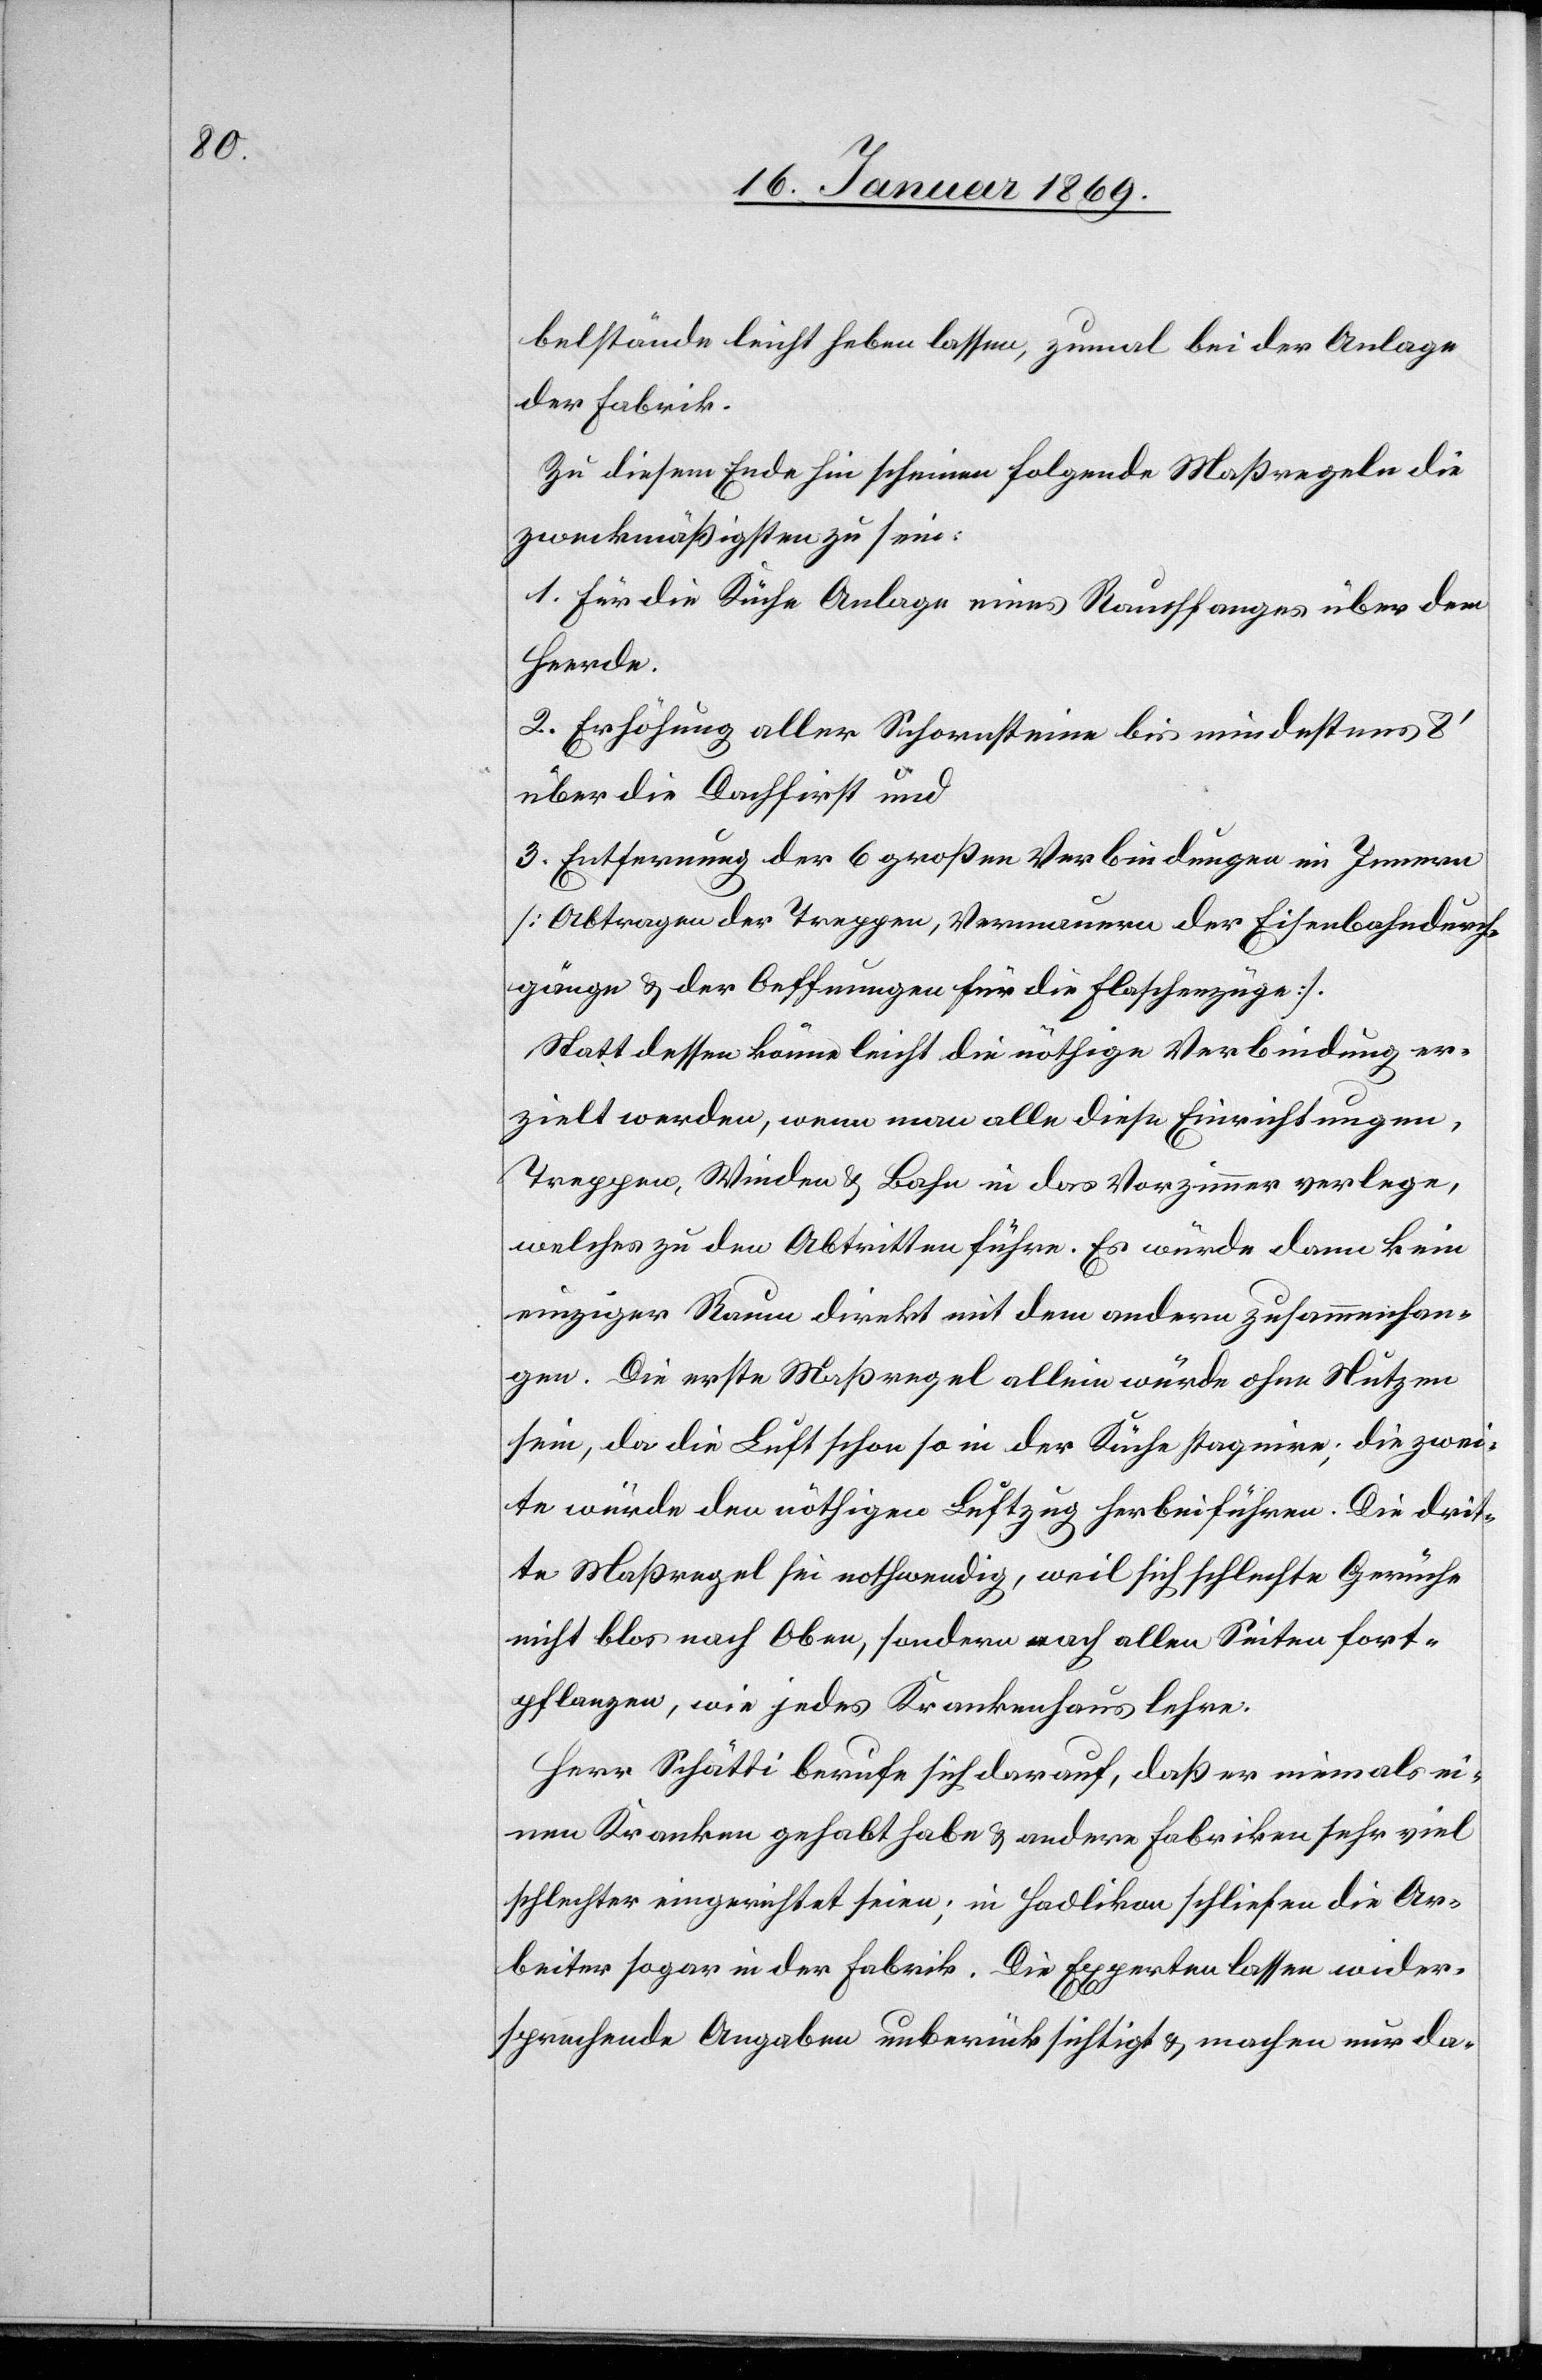
belstände leicht heben lassen, zumal bei der Anlage
der Fabrik.
Zu diesem Ende hin scheinen folgende Maßregeln die
zweckmäßigsten zu sein:
1. Für die Küche Anlage eines Rauchfanges über dem
Herde.
2. Erhöhung aller Schornsteine bis mindestens 8’
über die Dachfirst und
3. Entfernung der 6 großen Verbindungen im Innern
[Abtragen der Treppen, Vermauern der Eisenbahndurch¬
gänge u. der Oeffnungen für die Flaschenzüge]
Statt dessen könne leicht die nöthige Verbindung er¬
zielt werden, wenn man alle diese Einrichtungen,
Treppen, Winden u. Bahn in das Vorzimmer verlege,
welches zu den Abtritten führe. Es würde dann kein
einziger Raum direkt mit dem andern zusammenhan¬
gen. Die erste Maßregel allein würde ohne Nutzen
sein, da die Luft schon in der Küche stagniere; die zwei¬
te würde den nöthigen Luftzug herbeiführen. Die drit¬
te Maßregel sei nothwendig, weil sich schlechte Gerüche
nicht blos nach Oben, sondern nach allen Seiten fort¬
pflanzen, wie jedes Krankenhaus lehre.
Herr Schätti berufe sich darauf, daß er niemals ei¬
nen Kranken gehabt habe u. andere Fabriken sehr viel
schlechter eingerichtet seien; in Hadlikon schliefen die Ar¬
beiter sogar in der Fabrik. Die Experten lassen wider¬
sprechende Angaben unberücksichtigt u. machen nur da-